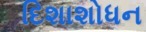
દિશાશોધન